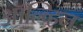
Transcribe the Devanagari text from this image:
ऑल्व्हिन